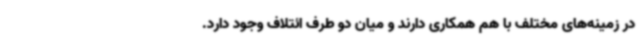
در زمینه‌های مختلف با هم همکاری دارند و میان دو طرف ائتلاف وجود دارد.